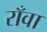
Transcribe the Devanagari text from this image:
राँवा